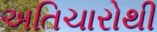
અતિચારોથી